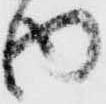
内